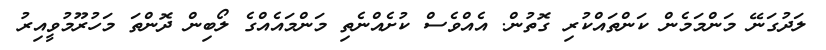
ލަދުގަނޭ މަންމަމެން ކަންތައްކުރި ގޮތުން. އެއްވެސް ކުށެއްނެތި މަންމައެއްގެ ލޯބިން ދޮންތަ މަހުރޫމުވީއިރު